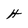
Character: H